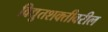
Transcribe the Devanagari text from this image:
विद्युतशक्तीवरील